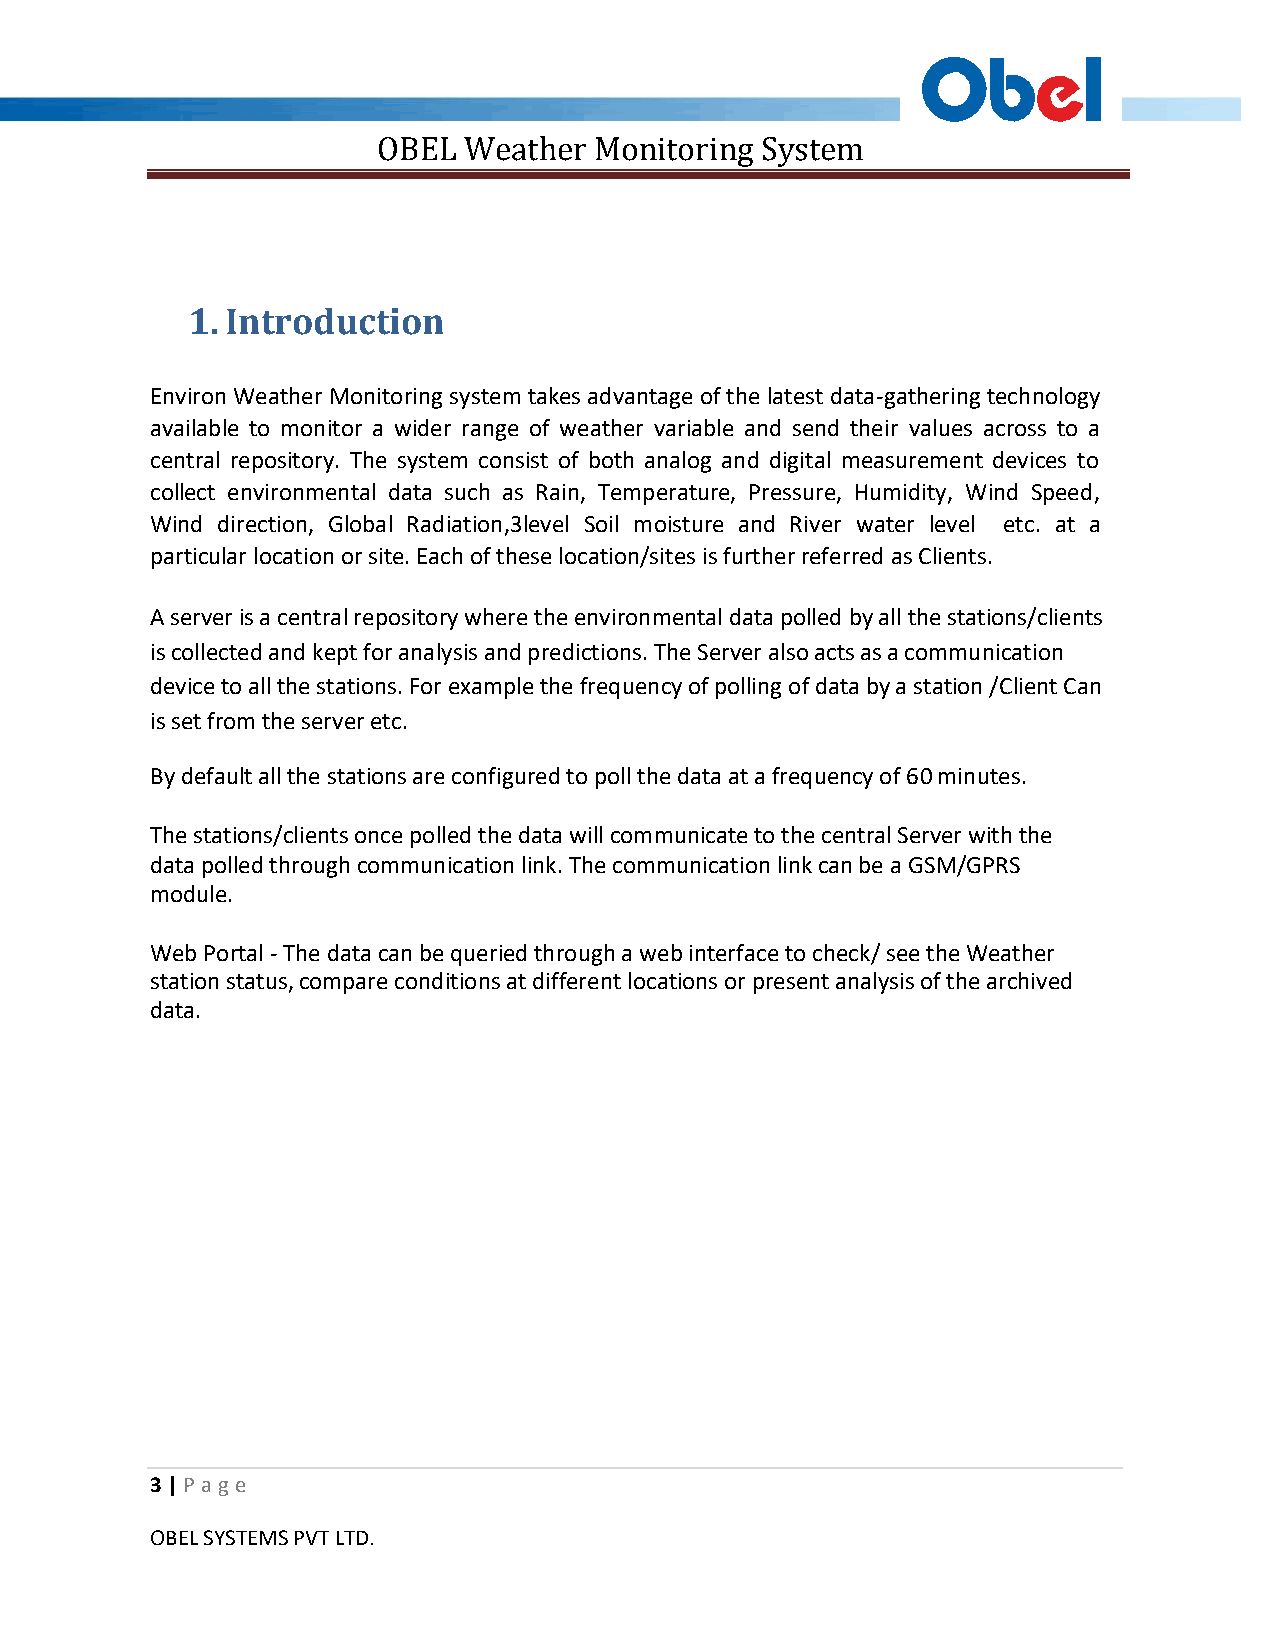
OBEL  Weather Monitoring System
 1. Introduction
 Environ Weather Monitoring system takes advantage of the latest data-gathering technology
 available to monitor a wider range of weather variable and send their values across to a
 central repository. The system consist of both analog and digital measurement devices to
 collect environmental data such as Rain, Temperature, Pressure, Humidity, Wind Speed,
 Wind direction, Global Radiation,3level Soil moisture and River water level etc. at a
 particular location or site. Each of these location/sites is further referred as Clients.
 A server is a central repository where the environmental data polled by all the stations/clients
 is collected and kept for analysis and predictions. The Server also acts as a communication
 device to all the stations. For example the frequency of polling of data by a station /Client Can
 is set from the server etc.
 By default all the stations are configured to poll the data at a frequency of 60 minutes.
 The stations/clients once polled the data will communicate to the central Server with the
 data polled through communication link. The communication link can be a GSM/GPRS
 module.
 Web Portal - The data can be queried through a web interface to check/ see the Weather
 station status, compare conditions at different locations or present analysis of the archived
 data.
 3 | P ag e
 OBEL SYSTEMS PVT LTD.